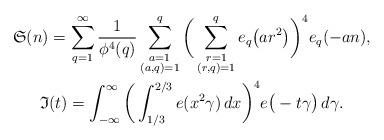
LaTeX: \begin{gather*} \mathfrak{S}(n) = \sum_{q=1}^\infty \frac{1}{\phi^4(q)}\sum_{\substack{a=1 \\ (a,q)=1}}^q \bigg( \sum_{\substack{r=1 \\ (r,q)=1}}^q e_q\big( ar^2 \big) \bigg)^4 e_q(-an), \\ \mathfrak{I}(t) = \int_{-\infty}^\infty \bigg(\int_{1/3}^{2/3}e(x^2\gamma) \, dx \bigg)^4 e\big(-t\gamma\big) \, d\gamma.\end{gather*}